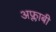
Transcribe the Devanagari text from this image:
अफ्लाबी